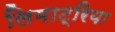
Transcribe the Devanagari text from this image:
लिमाट्रिया